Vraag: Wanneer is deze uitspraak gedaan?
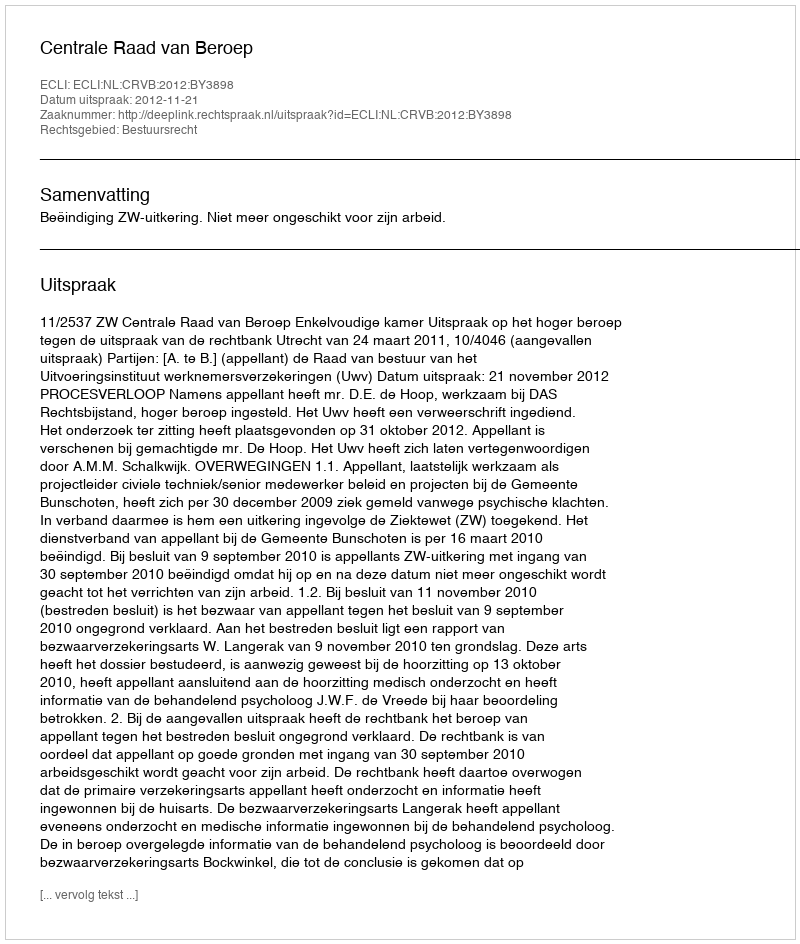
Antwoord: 2012-11-21